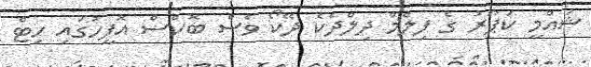
ޝައްމީ ކަޕޫރު ގެ ފިލްމް ދިލްދެކެ ދޭކޯ ވެސް ބޮކްސް އޮފީހުގައި ހިޓް